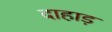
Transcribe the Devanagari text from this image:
दाहाड़